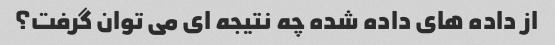
از داده های داده شده چه نتیجه ای می توان گرفت؟